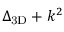
\Delta _ { \mathrm { 3 D } } + k ^ { 2 }